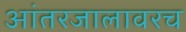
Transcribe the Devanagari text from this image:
आंतरजालावरच